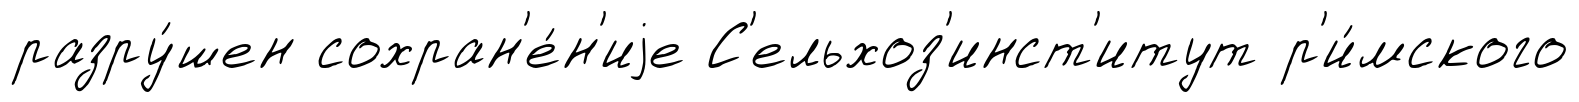
разру́шен сохран'е́н'иjе С'ельхоз'инст'итут р'и́мского